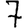
Digit: 7